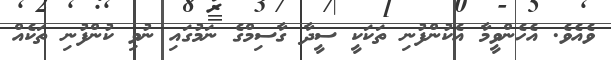
ވެއެވެ. އެހެންވީމާ އެކުންފުނި ތަކަކީ ސީދާ ގާސިމްގެ ނަމުގައި ނުވި ކުންފުނި ތަކެއް